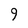
Character: 9